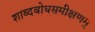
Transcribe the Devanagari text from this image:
शाब्दबोधसमीक्षणम्